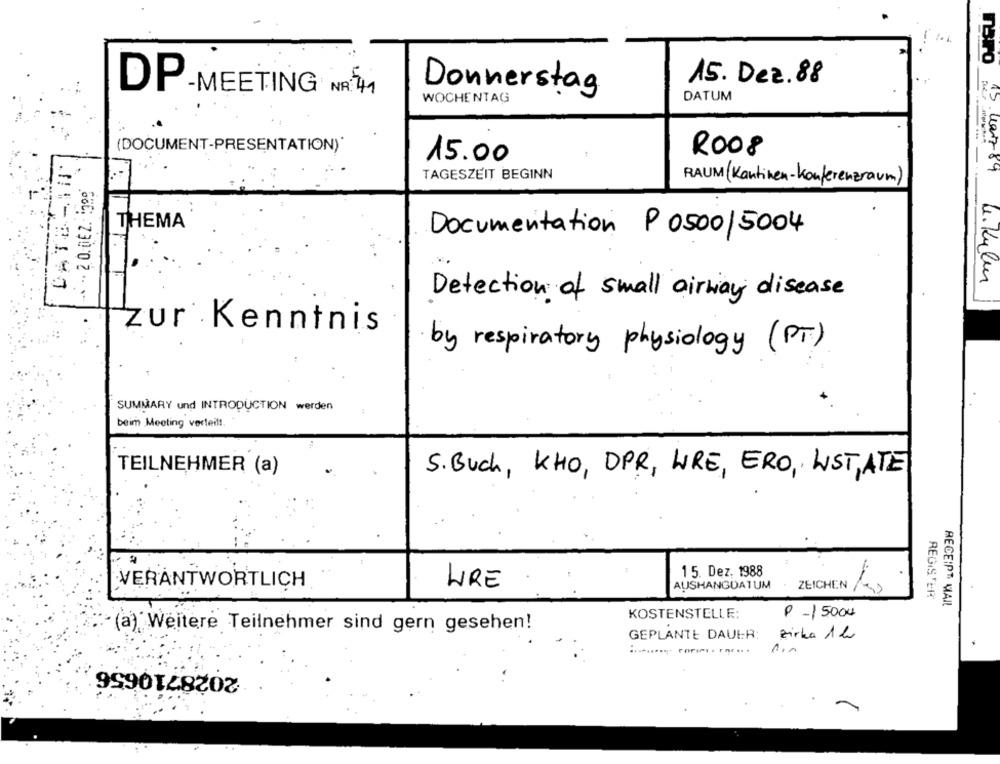
15. Dez.88
DP-MEETING NR:41
Donnerstag
WOCHENTAG
DATUM
(DOCUMENT-PRESENTATION)*
R008
15.00
TAGESZEIT BEGINN
15 non7-84
RAUM (Kantinen-konferenzraum)
THEMA
Documentation P 0500/5004
Detection of small airway disease
zur Kenntnis
by respiratory physiology (PT)
SUMMARY und INTRODUCTION werden
beim Meeting verteilt,
TEILNEHMER (a)
S. Buch, KHO, DPR, WRE, ERO, LIST,ATE
15. Dez. 1988
VERANTWORTLICH
URE
AUSHANGDATUM
ZEICHEN
REGISTER
RECEIPT MAIL
KOSTENSTELLE:
P -15000
· (a) Weitere Teilnehmer sind gern gesehen!
GEPLANTE DAUER: zirka 1h
2028710656